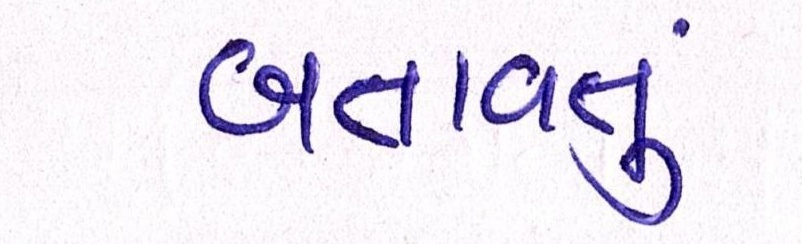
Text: બતાવતું